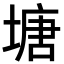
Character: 塘